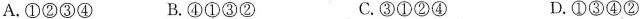
A.①②③④ B.④①③② C.③①②④ D.①③④②